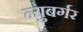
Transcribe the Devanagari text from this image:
न्युबर्गर